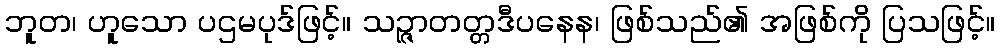
ဘူတ၊ ဟူသော ပဌမပုဒ်ဖြင့်။ သဉ္ဇာတတ္တဒီပနေန၊ ဖြစ်သည်၏ အဖြစ်ကို ပြသဖြင့်။